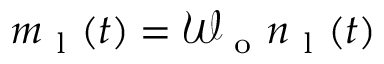
m _ { \mathrm { ~ l ~ } } ( t ) = \mathcal { W } _ { \mathrm { ~ o ~ } } n _ { \mathrm { ~ l ~ } } ( t )